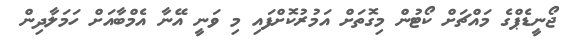
ޖޯނީޑެޕްގެ މައްޗަށް ކޯޓުން މިގޮތަށް އަމުރުކޮށްފައި މި ވަނީ އޭނާ އެމްބާއަށް ހަމަލާދިން